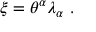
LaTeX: \xi = \theta ^ { \alpha } \lambda _ { \alpha } \ .